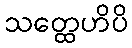
သတ္ထေဟိပိ